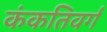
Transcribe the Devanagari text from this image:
कंकतिवर्ग